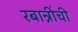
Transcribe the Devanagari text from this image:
रबान्नींची